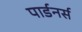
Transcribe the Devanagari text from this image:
पार्डनर्स